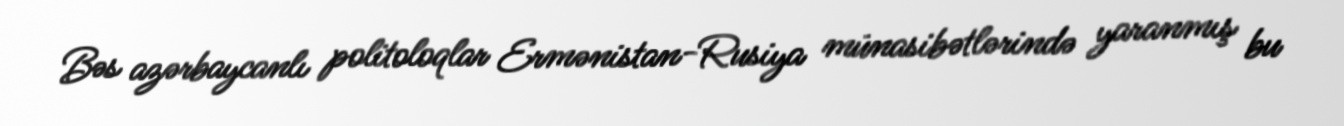
Bəs azərbaycanlı politoloqlar Ermənistan-Rusiya münasibətlərində yaranmış bu